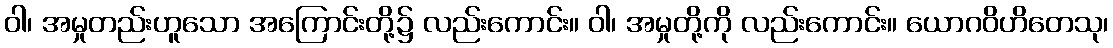
ဝါ၊ အမှုတည်းဟူသော အကြောင်းတို့၌ လည်းကောင်း။ ဝါ၊ အမှုတို့ကို လည်းကောင်း။ ယောဂဝိဟိတေသု၊